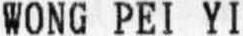
WONG PEI YI